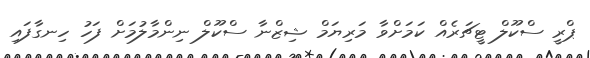
ޕްރީ ސްކޫލް ޓީޗަރެއް ކަމަށްވާ މަރިޔަމް ޝިޒްނާ ސްކޫލް ނިންމާލުމަށް ފަހު ހިނގާފައި